65_HS1-834228961_62-HQ-83894_Section_5
Agency: FBI
Page 169
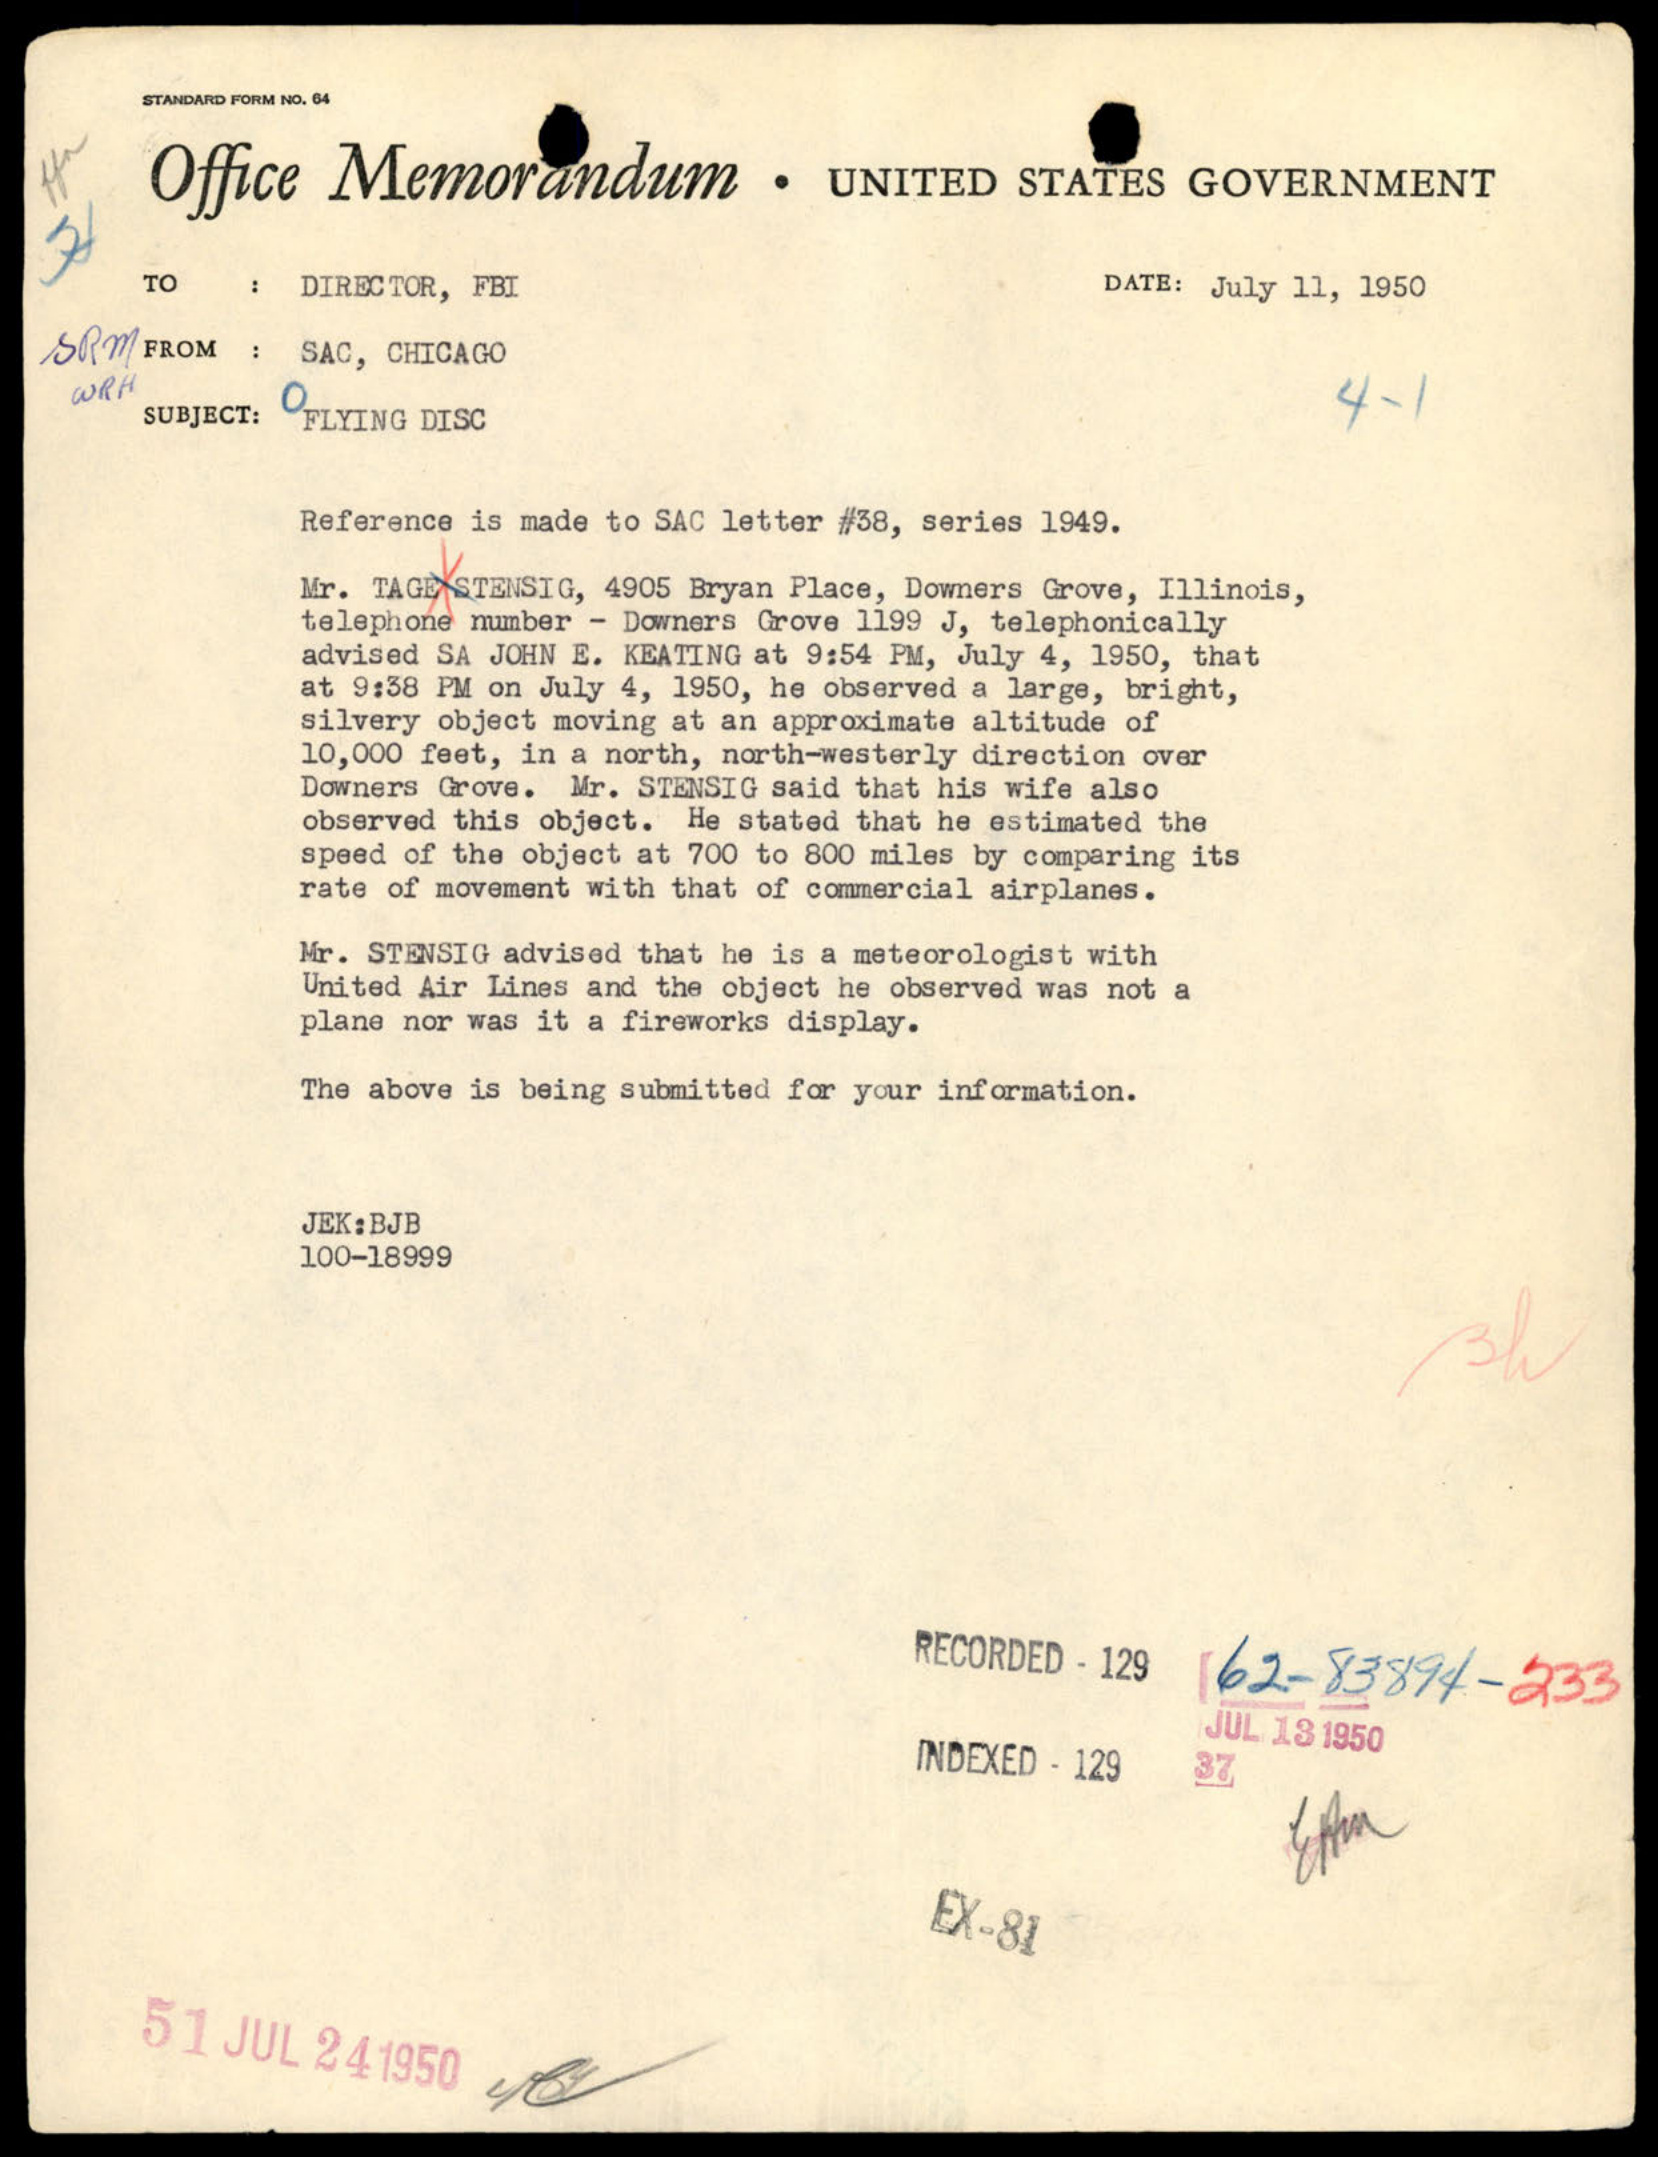